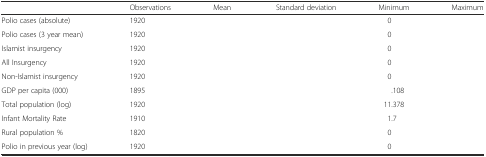
<table><thead><tr><td>[EMPTY_CELL]</td><td><b>Observations</b></td><td><b>Mean</b></td><td><b>Standard deviation</b></td><td><b>Minimum</b></td><td><b>Maximum</b></td></tr></thead><tbody><tr><td>Polio cases (absolute)</td><td>1920</td><td>[EMPTY_CELL]</td><td>[EMPTY_CELL]</td><td>0</td><td>[EMPTY_CELL]</td></tr><tr><td>Polio cases (3 year mean)</td><td>1920</td><td>[EMPTY_CELL]</td><td>[EMPTY_CELL]</td><td>0</td><td>[EMPTY_CELL]</td></tr><tr><td>Islamist insurgency</td><td>1920</td><td>[EMPTY_CELL]</td><td>[EMPTY_CELL]</td><td>0</td><td>[EMPTY_CELL]</td></tr><tr><td>All Insurgency</td><td>1920</td><td>[EMPTY_CELL]</td><td>[EMPTY_CELL]</td><td>0</td><td>[EMPTY_CELL]</td></tr><tr><td>Non-Islamist insurgency</td><td>1920</td><td>[EMPTY_CELL]</td><td>[EMPTY_CELL]</td><td>0</td><td>[EMPTY_CELL]</td></tr><tr><td>GDP per capita (000)</td><td>1895</td><td>[EMPTY_CELL]</td><td>[EMPTY_CELL]</td><td>.108</td><td>[EMPTY_CELL]</td></tr><tr><td>Total population (log)</td><td>1920</td><td>[EMPTY_CELL]</td><td>[EMPTY_CELL]</td><td>11.378</td><td>[EMPTY_CELL]</td></tr><tr><td>Infant Mortality Rate</td><td>1910</td><td>[EMPTY_CELL]</td><td>[EMPTY_CELL]</td><td>1.7</td><td>[EMPTY_CELL]</td></tr><tr><td>Rural population %</td><td>1820</td><td>[EMPTY_CELL]</td><td>[EMPTY_CELL]</td><td>0</td><td>[EMPTY_CELL]</td></tr><tr><td>Polio in previous year (log)</td><td>1920</td><td>[EMPTY_CELL]</td><td>[EMPTY_CELL]</td><td>0</td><td>[EMPTY_CELL]</td></tr></tbody></table>